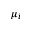
\mu _ { i }